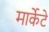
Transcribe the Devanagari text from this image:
मार्केटे